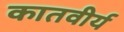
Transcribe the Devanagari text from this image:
कातवीर्य